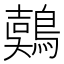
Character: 𪃇